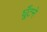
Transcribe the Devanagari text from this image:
घूँटने